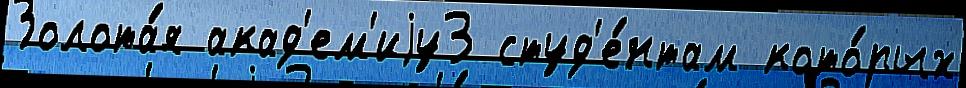
Золота́я акад'ем'иjу3 студ'е́нтам кото́рых